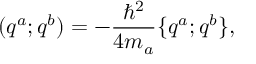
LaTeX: ( q ^ { a } ; q ^ { b } ) = - { \frac { \hbar ^ { 2 } } { 4 m _ { a } } } \{ q ^ { a } ; q ^ { b } \} ,